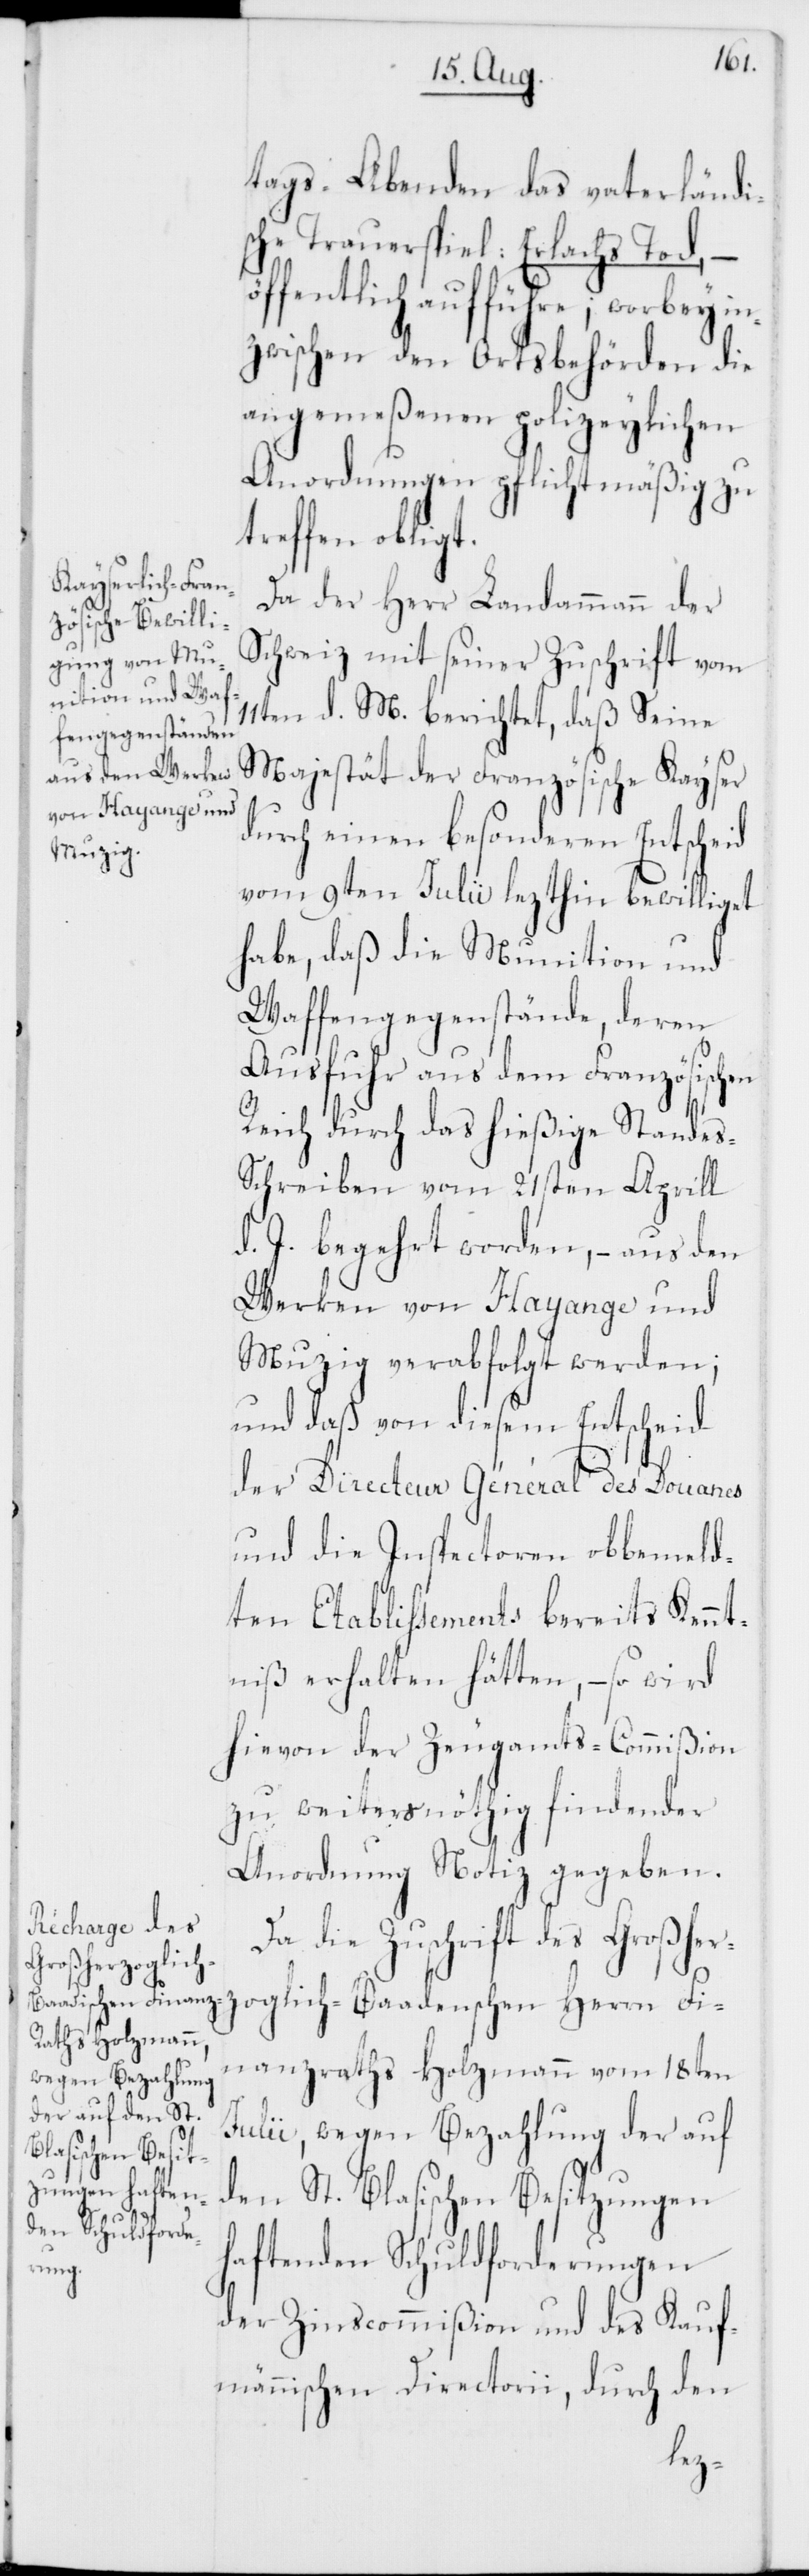
ö¬
tags-Abenden das vaterländi¬
sche Trauerspiel: Erlachs Tod, –
ffentlich aufführe; worbey in¬
zwischen den Ortsbehörden die
angemeßenen polizeylichen
Anordnungen pflichtmäßig zu
treffen obligt.
Da der Herr Landammann der
Schweiz mit seiner Zuschrift vom
11ten d. M. berichtet, daß Seine
Majestät der Französische Kayser
durch einen besonderen Entscheid
vom 9ten Julii lezthin bewilliget
habe, daß die Munition und
Waffengegenstände, deren
Ausfuhr aus dem Französischen
Reich durch das hießige Standes¬
schreiben vom 21sten Aprill
d. J. begehrt worden, – aus den
Werken von Hayange und
Muzig verabfolgt werden;
und daß von diesem Entscheid
der Directeur Général des Douanes
und die Inspectoren obbemeld¬
ten Etablissements bereits Kennt¬
niß erhalten hätten, – so wird
hievon der Zeugamts-Commißion
zu weiters nöthig findender
Anordnung Notiz gegeben.
Da die Zuschrift des Großher¬
zoglich-Baadenschen Herrn Fi¬
nanzraths Holzmann vom 18ten
Julii, wegen Bezahlung der auf
den St. Blasischen Besitzungen
haftenden Schuldforderungen
der Zinscommißion und des Kauf¬
männischen Directorii, durch den